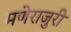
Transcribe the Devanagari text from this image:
मणेराजुरी